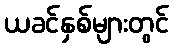
ယခင်နှစ်များတွင်